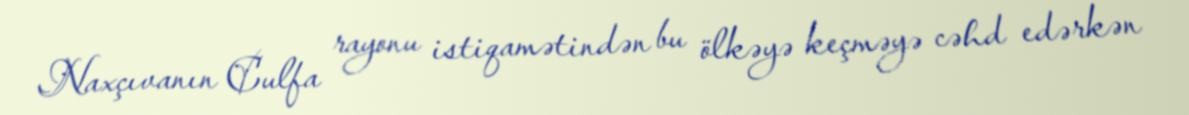
Naxçıvanın Culfa rayonu istiqamətindən bu ölkəyə keçməyə cəhd edərkən